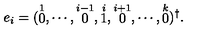
e _ { i } = ( \stackrel { 1 } { 0 } , \cdots , \stackrel { i - 1 } { 0 } , \stackrel { i } { 1 } , \stackrel { i + 1 } { 0 } , \cdots , \stackrel { k } { 0 } ) ^ { \dag } .